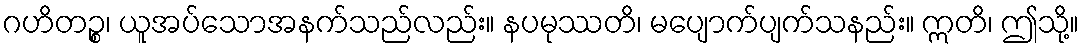
ဂဟိတဉ္စ၊ ယူအပ်သောအနက်သည်လည်း။ နပမုဿတိ၊ မပျောက်ပျက်သနည်း။ ဣတိ၊ ဤသို့။